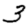
Digit: 3